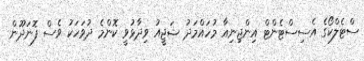
ސްޓެލްކޯގެ އެސިސްޓެންޓް އިންޖިނިއާ މުހައްމަދު ޝަޖީއު ވިދާޅުވީ ކޮންމެ ދުވަހަކު ވެސް ފޮނަދޫން